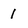
Character: I